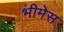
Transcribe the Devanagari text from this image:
भीमेस